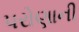
પરોણાની